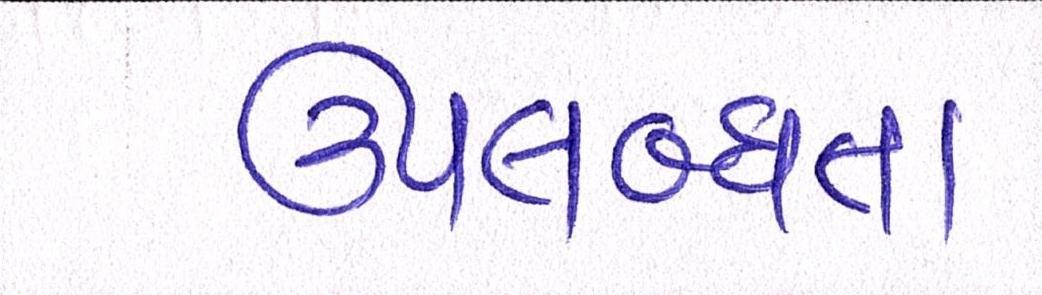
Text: ઉપલબ્ધતા